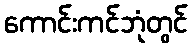
ကောင်းကင်ဘုံတွင်